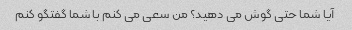
آیا شما حتی گوش می دهید؟ من سعی می کنم با شما گفتگو کنم